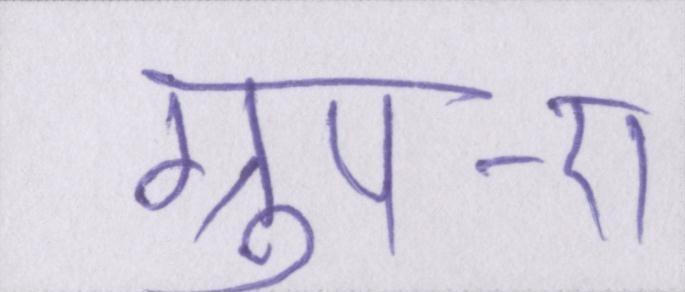
ग्रुप-ए